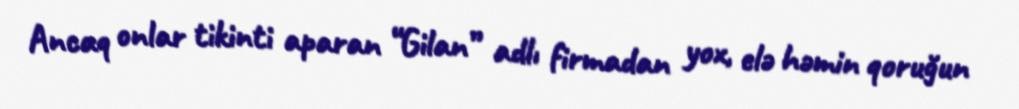
Ancaq onlar tikinti aparan “Gilan” adlı firmadan yox, elə həmin qoruğun